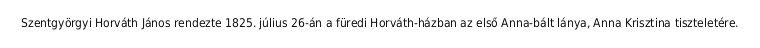
Szentgyörgyi Horváth János rendezte 1825. július 26-án a füredi Horváth-házban az első Anna-bált lánya, Anna Krisztina tiszteletére.